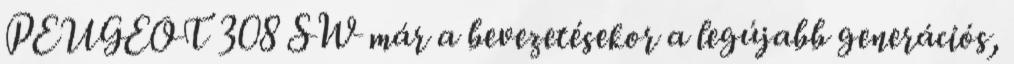
PEUGEOT 308 SW már a bevezetésekor a legújabb generációs,